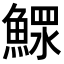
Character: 𩹌